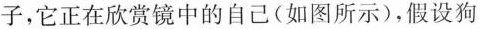
子，它正在欣赏镜中的自己(如图所示)，假设狗